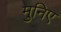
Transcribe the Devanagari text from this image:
मुनिए